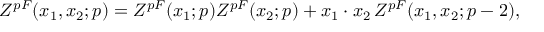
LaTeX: { \cal Z } ^ { p F } ( x _ { 1 } , x _ { 2 } ; p ) = { \cal Z } ^ { p F } ( x _ { 1 } ; p ) { \cal Z } ^ { p F } ( x _ { 2 } ; p ) + x _ { 1 } \cdot x _ { 2 } \, { \cal Z } ^ { p F } ( x _ { 1 } , x _ { 2 } ; p - 2 ) ,